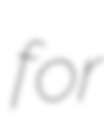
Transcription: for